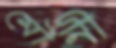
মৌনী